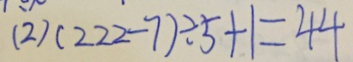
( 2 ) ( 2 2 2 - 7 ) \div 5 + 1 = 4 4